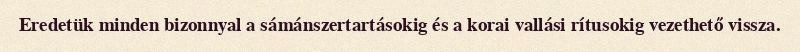
Eredetük minden bizonnyal a sámánszertartásokig és a korai vallási rítusokig vezethető vissza.